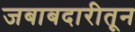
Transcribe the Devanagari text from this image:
जबाबदारीतून